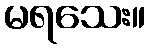
မရသေး။